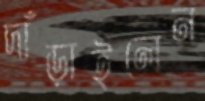
দাঁড়াইলেন